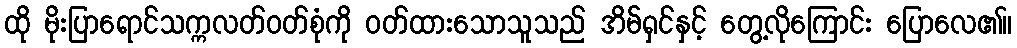
ထို မိုးပြာရောင်သက္ကလတ်ဝတ်စုံကို ဝတ်ထားသောသူသည် အိမ်ရှင်နှင့် တွေ့လိုကြောင်း ပြောလေ၏။